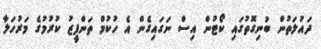
ދައުލަތުން ބުނިގޮތުގައި ކޯޓުން އިސް ނަގައިގެން އެ ހުކުމް ތަންފީޒު ކުރުމުގެ މަރުހަލާ